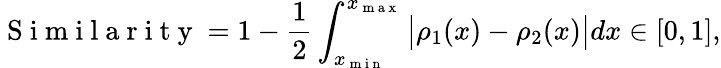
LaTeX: \mathrm{~S~i~m~i~l~a~r~i~t~y~}=1-\frac{1}{2}\int_{x_{\mathrm{~m~i~n~}}}^{x_{\mathrm{~m~a~x~}}}\big\vert\rho_{1}(x)-\rho_{2}(x)\big\vert dx\in[0,1],